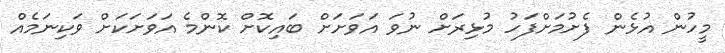
މީހުން އުޅެން ފެށުމަށްފަހު މުޅިރަށް ނުވަ އަވަށަށް ބައިކޮށް ކޮންމެ އަވަށަކަށް ވަކިނަމެއް